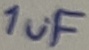
Text: 1uF